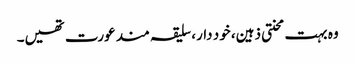
وہ بہت محنتی ذہین، خود دار، سلیقہ مند عورت تھیں۔